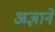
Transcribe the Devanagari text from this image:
अज्ञानें